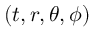
( t , r , \theta , \phi )